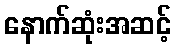
နောက်ဆုံးအဆင့်